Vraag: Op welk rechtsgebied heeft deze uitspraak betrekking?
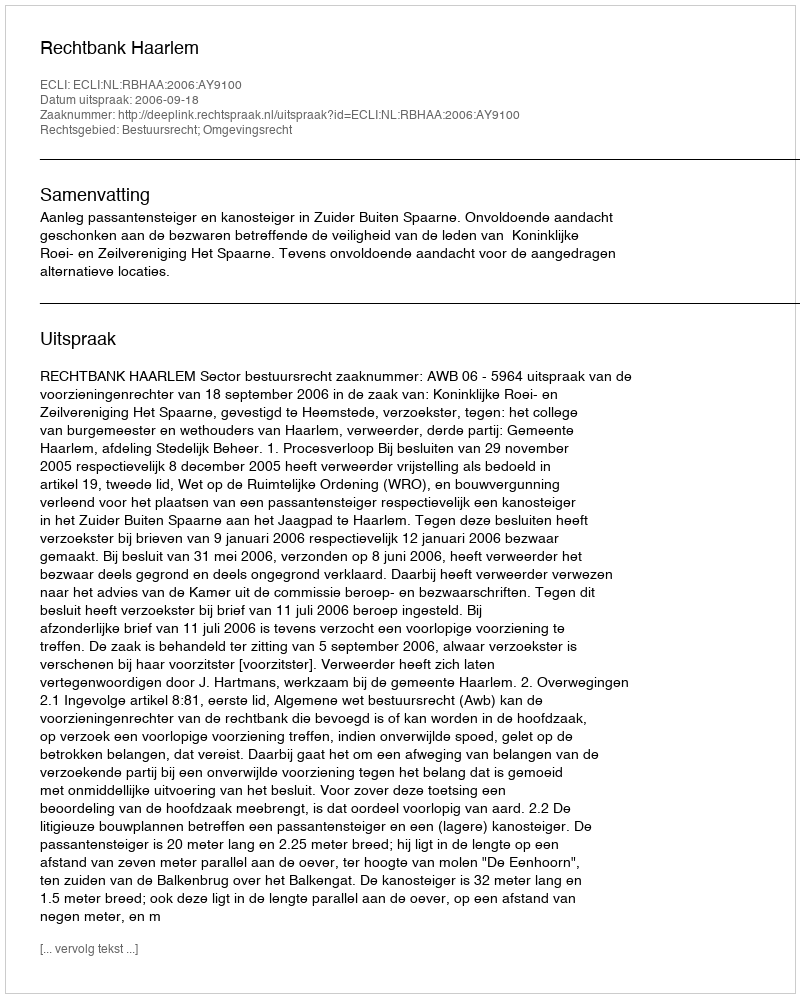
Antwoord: Bestuursrecht; Omgevingsrecht